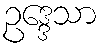
ဥဒ္ဒေသာ